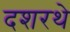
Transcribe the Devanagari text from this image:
दशरथे